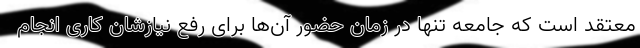
معتقد است که جامعه تنها در زمان حضور آن‌ها برای رفع نیازشان کاری انجام